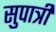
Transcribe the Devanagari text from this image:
सुपात्री